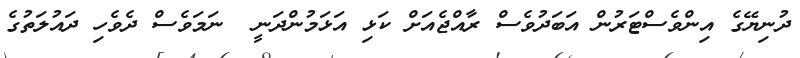
ދުނިޔޭގެ އިންވެސްޓަރުން އަބަދުވެސް ރާއްޖެއަށް ކަޅި އަޅަމުންދަނީ  ނަމަވެސް ދެވެހި ދައުލަތުގެ